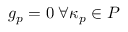
g _ { p } = 0 \; \forall \kappa _ { p } \in P